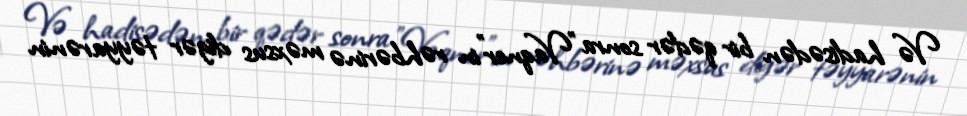
Və hadisədən bir qədər sonra "Vaqner"in rəhbərinə məxsus digər təyyarənin